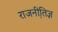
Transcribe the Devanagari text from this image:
राजनीति़ज्ञ